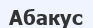
Абакус